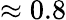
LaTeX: \approx 0.8